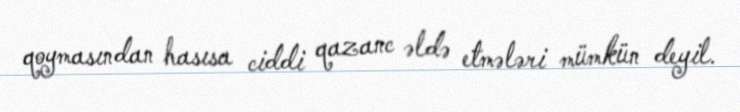
qoymasından hasısa ciddi qazanc əldə etmələri mümkün deyil.